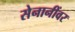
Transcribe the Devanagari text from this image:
सेनानींवर